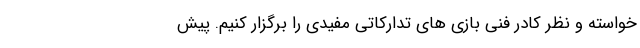
خواسته و نظر کادر فنی بازی های تدارکاتی مفیدی را برگزار کنیم. پیش